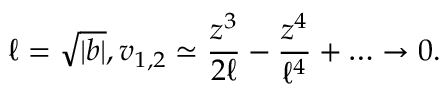
\ell = \sqrt { | b | } , v _ { 1 , 2 } \simeq \frac { z ^ { 3 } } { 2 \ell } - \frac { z ^ { 4 } } { \ell ^ { 4 } } + \ldots \rightarrow 0 .